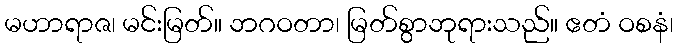
မဟာရာဇ၊ မင်းမြတ်။ ဘဂဝတာ၊ မြတ်စွာဘုရားသည်။ ဧတံ ဝစနံ၊